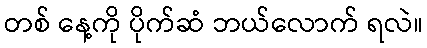
တစ် နေ့ကို ပိုက်ဆံ ဘယ်လောက် ရလဲ။